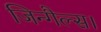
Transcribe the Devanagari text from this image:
जिन्गैल्स।